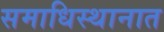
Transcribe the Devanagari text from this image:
समाधिस्थानात